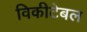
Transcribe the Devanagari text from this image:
विकीटेबल